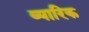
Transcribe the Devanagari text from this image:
व्यारिक